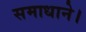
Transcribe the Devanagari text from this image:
समाधाने।